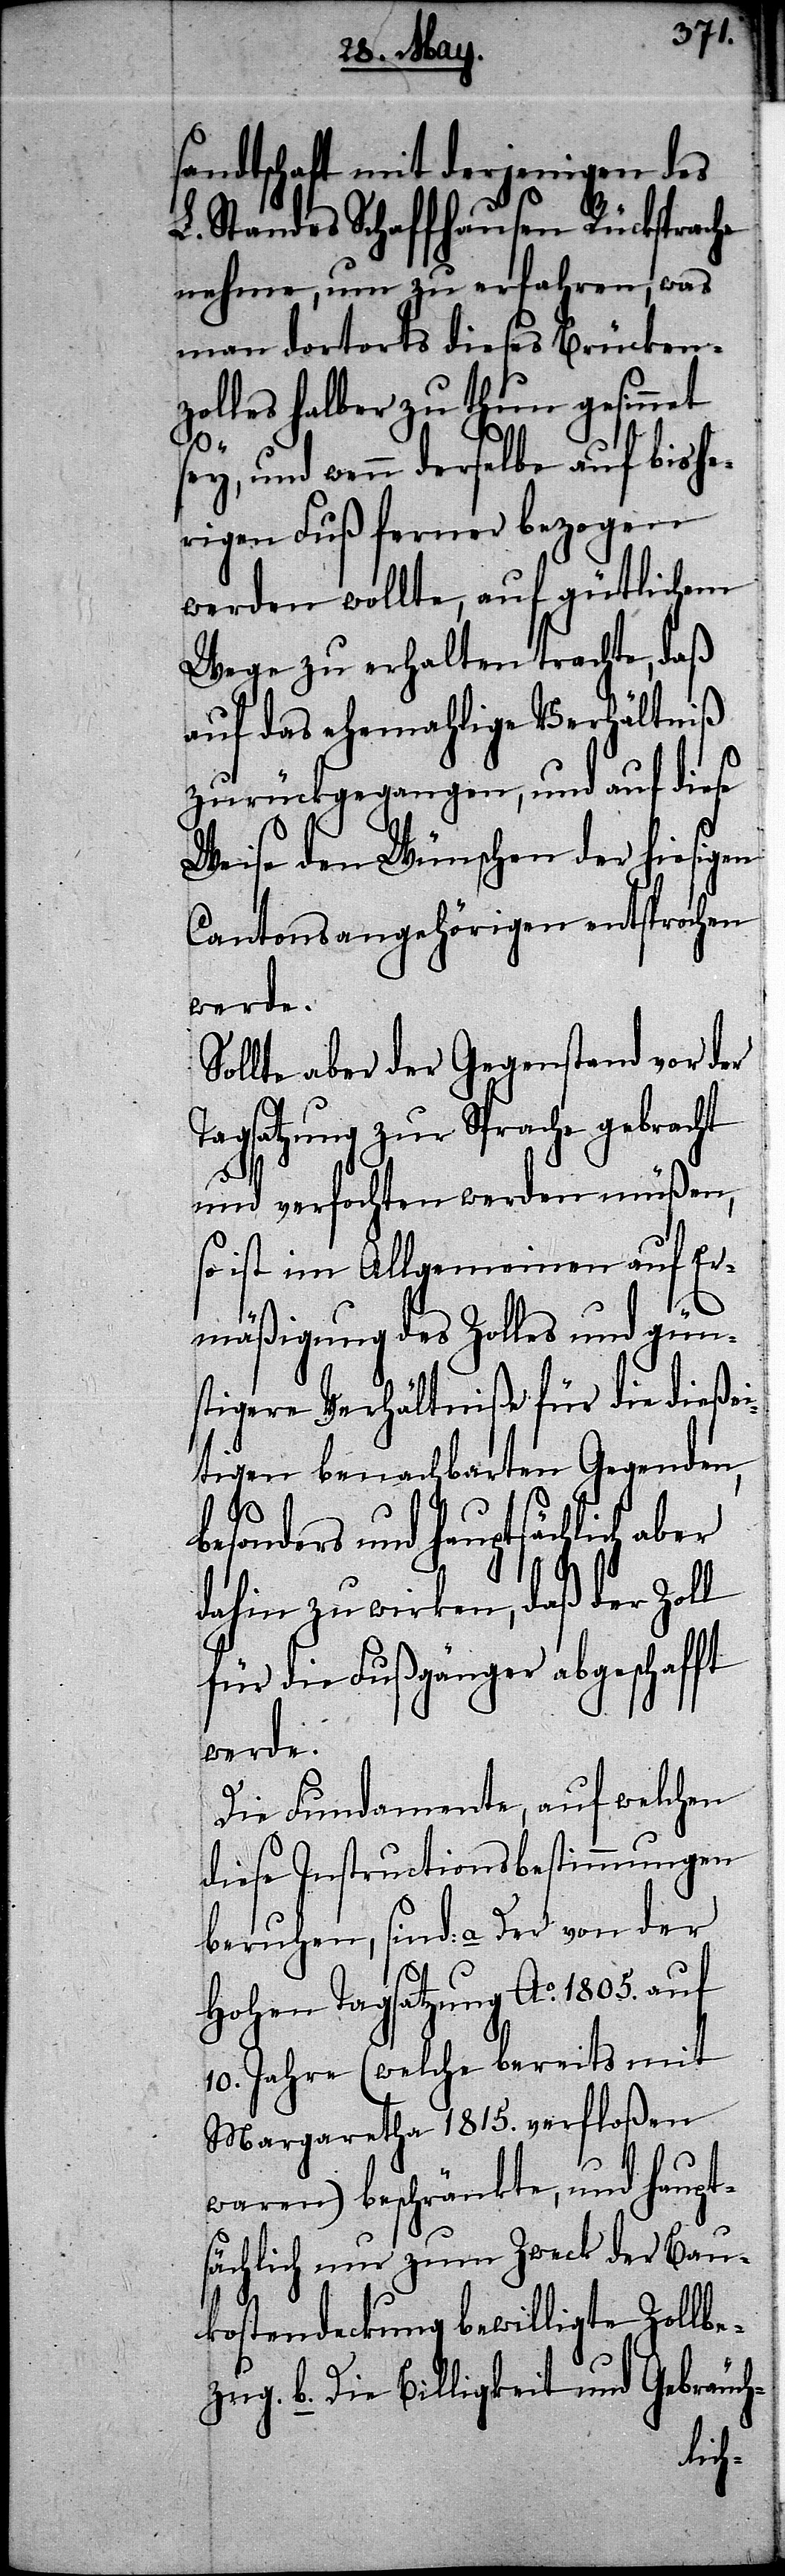
sandtschaft mit derjenigen des
L. Standes Schaffhausen Rücksprache
nehme, um zu erfahren, was
man dortorts dieses Brücken¬
zolles halber zu thun gesinnet
sey, und wenn derselbe auf bishe¬
rigen Fuß ferner bezogen
werden wollte, auf gütlichem
Wege zu erhalten trachte, daß
auf das ehemahlige Verhältniß
zurückgegangen, und auf diese
Weise den Wünschen der hiesigen
Cantonsangehörigen entsprochen
werde.
Sollte aber der Gegenstand vor der
Tagsatzung zur Sprache gebracht
und verfochten werden müßen,
so ist im Allgemeinen auf Er¬
mäßigung des Zolles und gün¬
stigere Verhältniße für die dießei¬
tigen benachbarten Gegenden,
besonders und hauptsächlich aber
dahin zu wirken, daß der Zoll
für die Fußgänger abgeschafft
werde.
Die Fundamente, auf welchen
diese Instructionsbestimmungen
beruhen, sind: a. Der von der
Hohen Tagsatzung Ao. 1805. auf
10. Jahre (welche bereits mit
Margaretha 1815. verfloßen
waren) beschränkte, und haupt¬
sächlich nur zum Zweck der Bau¬
kostendeckung bewilligte Zollbe¬
zug. b. Die Billigkeit und Gebräuch-